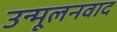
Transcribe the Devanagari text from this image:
उन्मूलनवाद